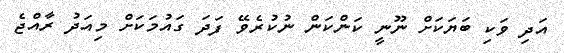
އަދި ވަކި ބަޔަކަށް ނޫނީ ކަންކަން ނުކުރެވޭ ފަދަ ގައުމަކަށް މިއަދު ރާއްޖެ